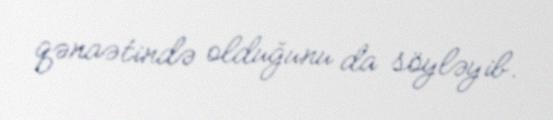
qənaətində olduğunu da söyləyib.